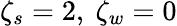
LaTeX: \zeta_{s}=2,\ \zeta_{w}=0